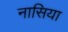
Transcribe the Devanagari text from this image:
नासिया